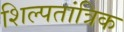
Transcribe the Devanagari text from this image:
शिल्पतांत्रिक